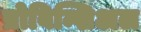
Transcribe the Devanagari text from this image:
प्रोविन्शिअल